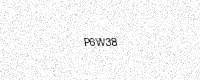
Text: P6W38